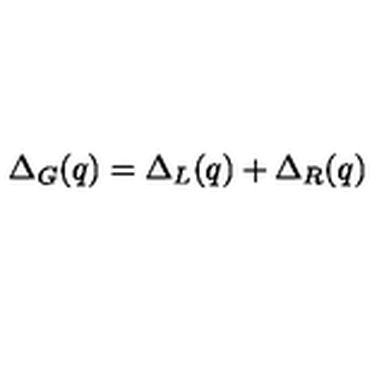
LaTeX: \Delta _ { G } ( q ) = \Delta _ { L } ( q ) + \Delta _ { R } ( q )